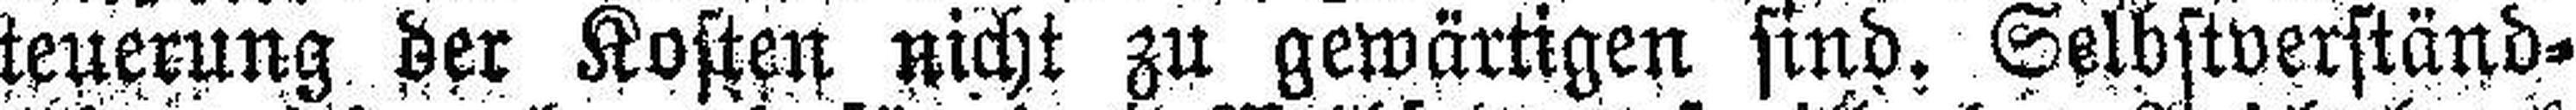
teuerung der Kosten nicht zu gewärtigen sind. Selbstverständ¬